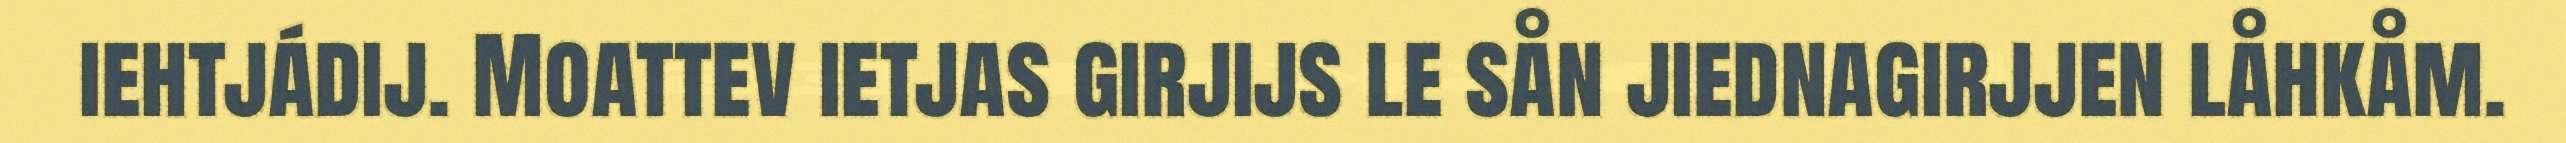
iehtjádij. Moattev ietjas girjijs le sån jiednagirjjen låhkåm.